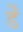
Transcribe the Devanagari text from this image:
र्डें